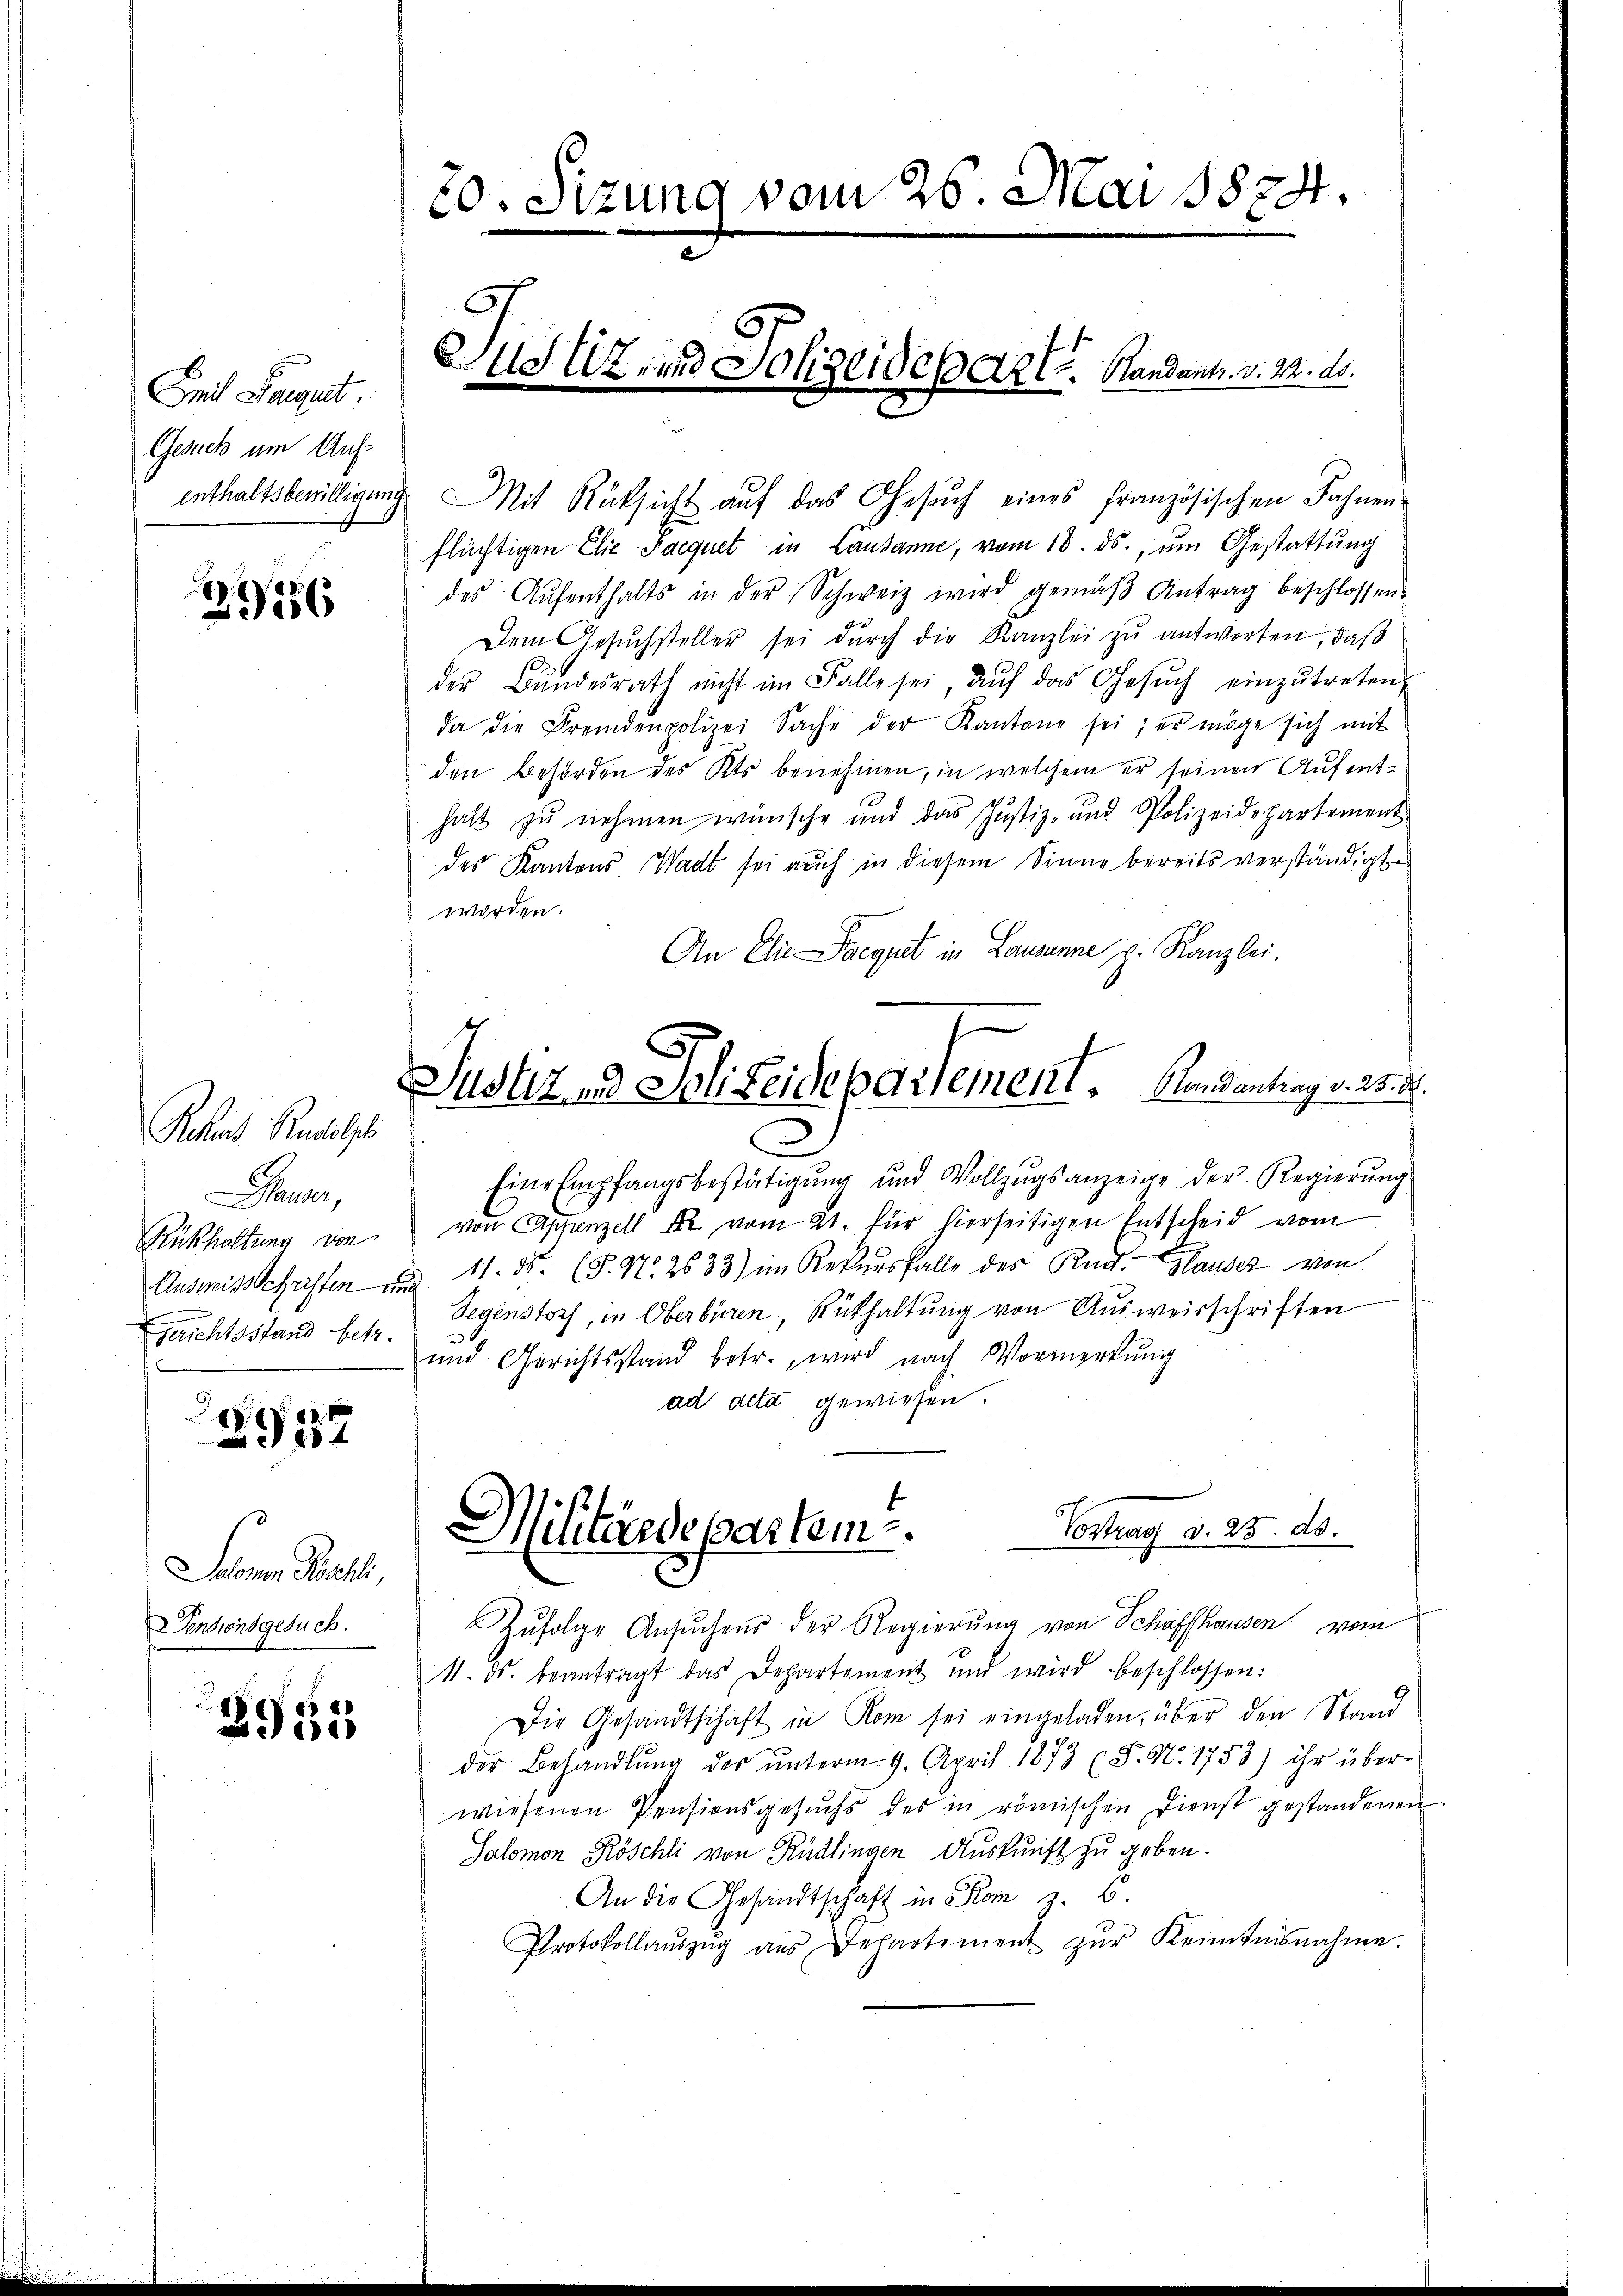
Smit Folgert
Gesuch um Auf-
enthaltsbewilligen.

2956

Rohes Rudolph
lauser,
Rükhaltung von
Ausweisschriften u.
geichtsstand betr.

2957

Salomon Köschli,
Pensionsgesuch.

2951

20. Sizung vom 25. Mai 1874.

uotz, und Polizeides Art. Handant. v. 22. ds.

Mit Rücksicht auf das Gesŭch eines Französischen Fahnen
flüchtigen Elie Parquet in Lausanne, vom 18. ds., um Gestattung
des Aŭfenthalts in der Schweiz wird gemäβ Antrag beschlossen.
Dem Gesuchsteller sei durch die Kanzlei zu antworten, daß
der Bŭndesrath nicht im Falle sei aŭf das Gesŭch einzŭtreten,
da die Fremdenpolizei Sache der Kantone sei; er möge sich mit
den Behörden des Kts benehmen, in welchem er seinen Aufenthalt zu nehmen wünsche und das Justiz- und Polizeidepartement
des Kantons Wadt sei auch in diesem Sinne bereits verständigte
worden.
An Die Seegnet in Lausanne p. Kanzlei.
Justiz- & Polizeidepartement. Pendantung v. a.
2
Eine Empfangsbestätigŭng und Vollzŭgsanzeige der Regierŭng
von Appenzell A. vom 21. für hierseitigen Entscheid vom
11.5. (T. No. 2633) im Rekursfalle des Rud. Hauser von
s
Segenstorf, in Oberbüren, Rückhaltung von Ausweisschriften
.
und Gerichtsstand betr., wird nach Vormerkŭng
ad acta gewiesen.

Militärdepartem Contrag d. 25. ds.

Zŭfolge Ansŭchens der Regierŭng von Schaffhausen vom
M. ds. beantragt das Departement und wird beschlossen:
Die Gesandtschaft in Rom sei eingeladen, über den Stand
der Behandlŭng der ŭnterm 9. April 1873 (§. 9. 1753) ihr über-
wiesenen Pensionsgesŭchs des in römischen Dienst gestandenen
Salomon Köschli von Rüdlingen Auskunft zu geben.
An die Gesandtschaft in Rom z. B.
Protokollaŭszŭg aŭs Departement zŭr Kenntnisnahme.